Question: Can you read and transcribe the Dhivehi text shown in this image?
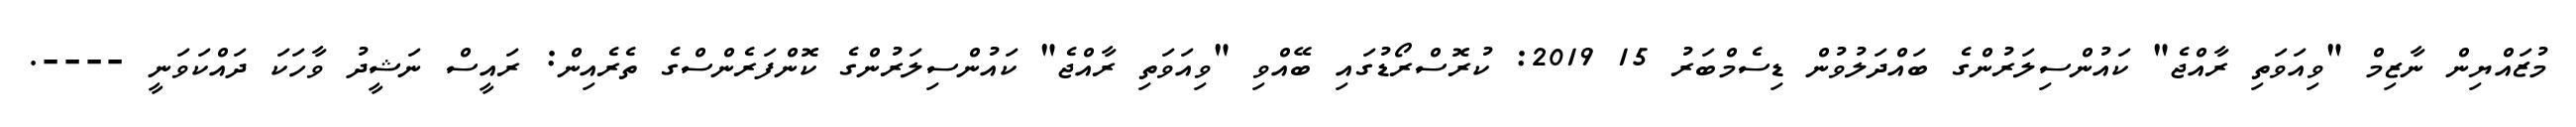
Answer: މުޒައްޔިން ނާޒިމް "ވިއަވަތި ރާއްޖެ" ކައުންސިލަރުންގެ ބައްދަލުވުން ޑިސެމްބަރު 15 2019: ކުރޮސްރޯޑުގައި ބޭއްވި "ވިއަވަތި ރާއްޖެ" ކައުންސިލަރުންގެ ކޮންފަރެންސްގެ ތެރެއިން: ރައީސް ނަޝީދު ވާހަކަ ދައްކަވަނީ ----.